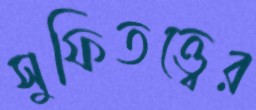
সুফিতত্ত্বের